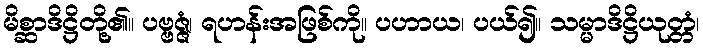
မိစ္ဆာဒိဋ္ဌိတို့၏။ ပဗ္ဗဇ္ဇံ၊ ရဟန်းအဖြစ်ကို။ ပဟာယ၊ ပယ်၍။ သမ္မာဒိဋ္ဌိယုတ္တံ၊